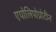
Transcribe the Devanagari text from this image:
एपोलिपोप्रोटीन